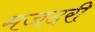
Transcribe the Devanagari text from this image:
मजदरी